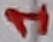
Text: 1